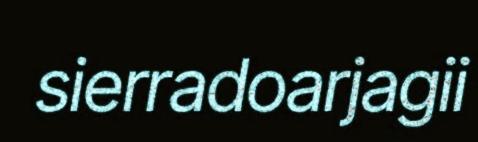
sierradoarjagii